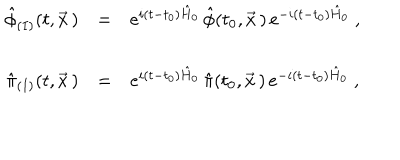
\begin{array} { r c l } { { \hat { \phi } _ { ( I ) } ( t , \vec { x } \, ) } } & { { = } } & { { e ^ { i ( t - t _ { 0 } ) \hat { H } _ { 0 } } \, \hat { \phi } ( t _ { 0 } , \vec { x } \, ) \, e ^ { - i ( t - t _ { 0 } ) \hat { H } _ { 0 } } \ , } } \\ { { } } & { { } } & { { } } \\ { { \hat { \pi } _ { ( I ) } ( t , \vec { x } \, ) } } & { { = } } & { { e ^ { i ( t - t _ { 0 } ) \hat { H } _ { 0 } } \, \hat { \pi } ( t _ { 0 } , \vec { x } \, ) \, e ^ { - i ( t - t _ { 0 } ) \hat { H } _ { 0 } } \ , } } \\ \end{array}